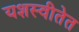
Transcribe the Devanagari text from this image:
यशस्वीतेत